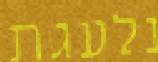
נלעגת